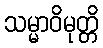
သမ္မာဝိမုတ္တိ